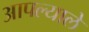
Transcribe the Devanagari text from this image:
आपल्याले